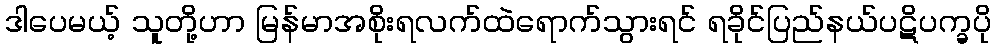
ဒါပေမယ့် သူတို့ဟာ မြန်မာအစိုးရလက်ထဲရောက်သွားရင် ရခိုင်ပြည်နယ်ပဋိပက္ခပို